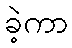
ခဲ့ကာ